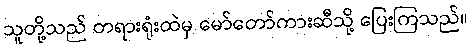
သူတို့သည် တရားရုံးထဲမှ မော်တော်ကားဆီသို့ ပြေးကြသည်။